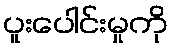
ပူးပေါင်းမှုကို